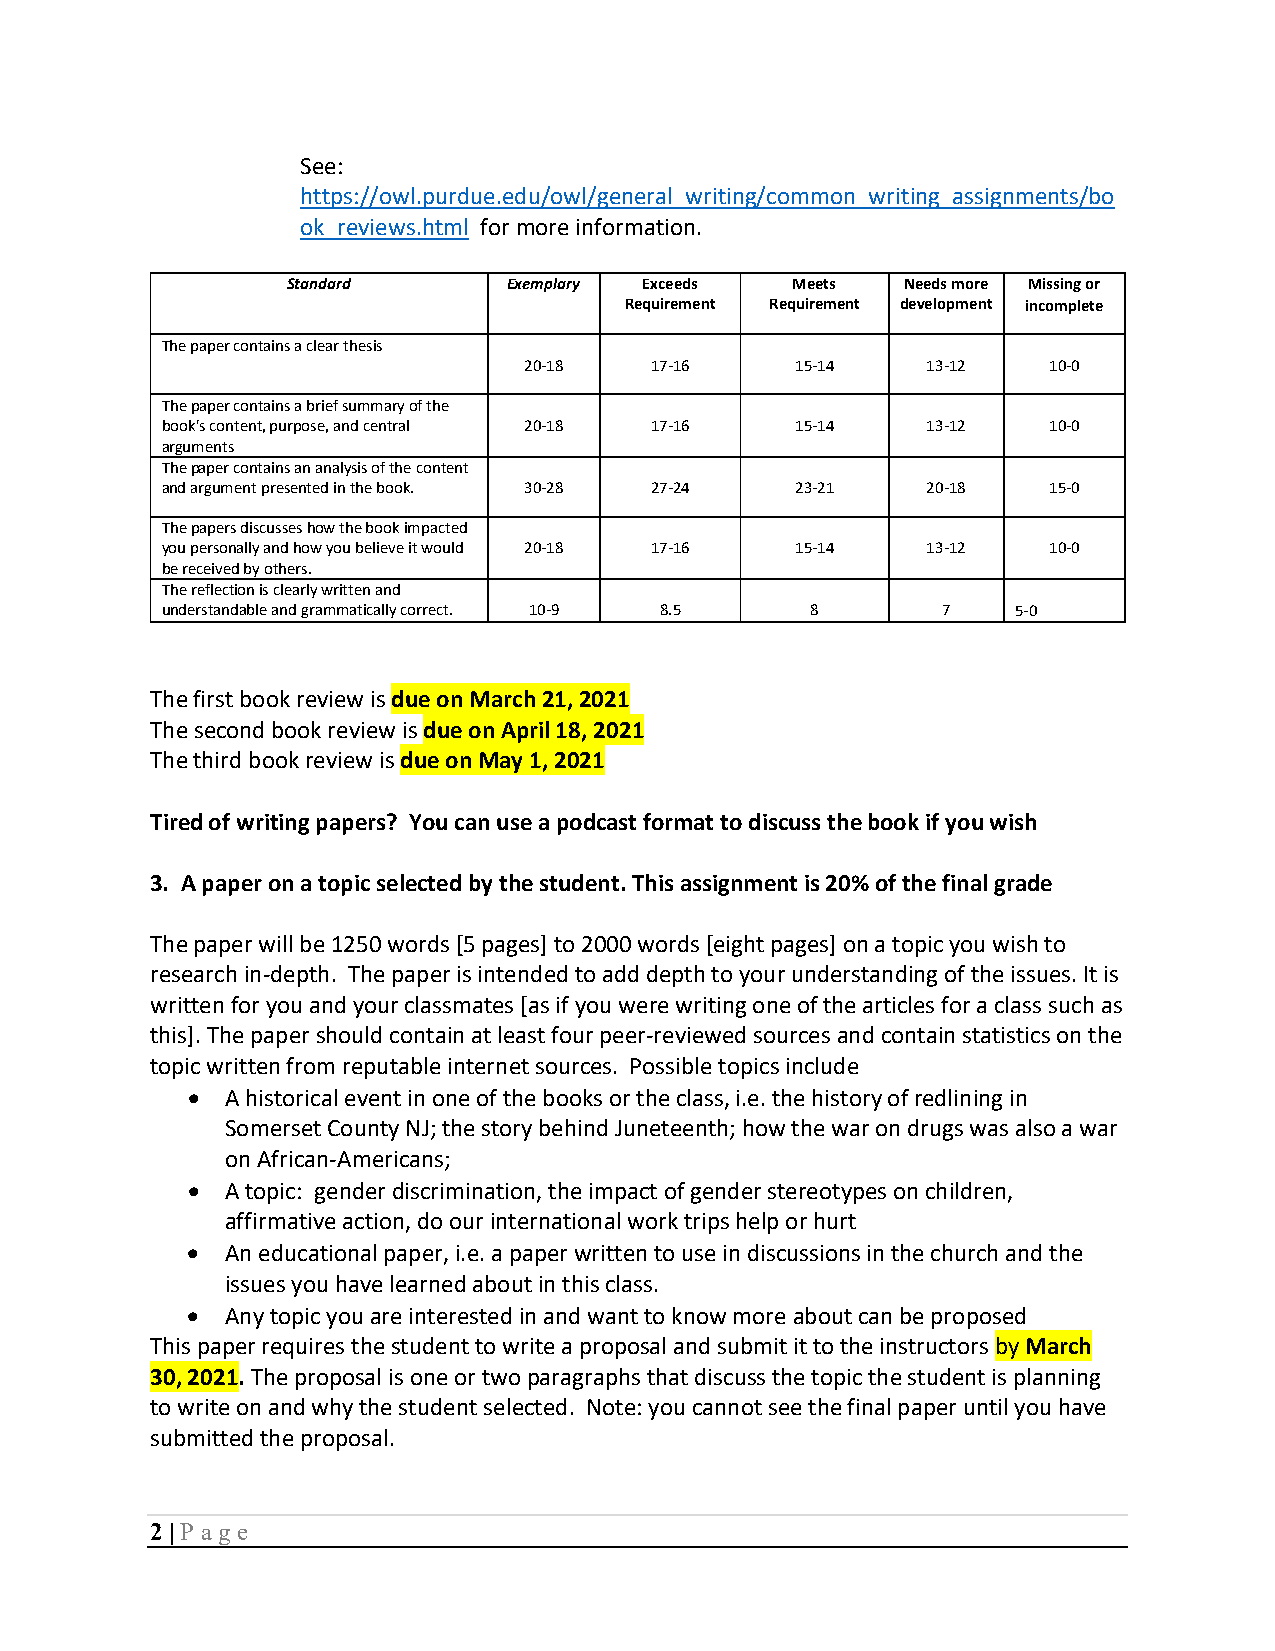
See:
 https://owl.purdue.edu/owl/general_writing/common_writing_assignments/bo
 ok_reviews.html for more information.
 Standard       Exemplary Exceeds Meets   Needs more Missing or
 Requirement Requirement development incomplete
 The paper contains a clear thesis
 20-18   17-16     15-14   13-12   10-0
 The paper contains a brief summary of the
 book's content, purpose, and central 20-18 17-16 15-14 13-12 10-0
 arguments
 The paper contains an analysis of the content
 and argument presented in the book. 30-28 27-24 23-21 20-18 15-0
 The papers discusses how the book impacted
 you personally and how you believe it would 20-18 17-16 15-14 13-12 10-0
 be received by others.
 The reflection is clearly written and
 understandable and grammatically correct. 10-9 8.5 8 7  5-0
 The first book review is due on March 21, 2021
 The second book review is due on April 18, 2021
 The third book review is due on May 1, 2021
 Tired of writing papers? You can use a podcast format to discuss the book if you wish
 3. A paper on a topic selected by the student. This assignment is 20% of the final grade
 The paper will be 1250 words [5 pages] to 2000 words [eight pages] on a topic you wish to
 research in-depth. The paper is intended to add depth to your understanding of the issues. It is
 written for you and your classmates [as if you were writing one of the articles for a class such as
 this]. The paper should contain at least four peer-reviewed sources and contain statistics on the
 topic written from reputable internet sources. Possible topics include
 •  A historical event in one of the books or the class, i.e. the history of redlining in
 Somerset County NJ; the story behind Juneteenth; how the war on drugs was also a war
 on African-Americans;
 •  A topic: gender discrimination, the impact of gender stereotypes on children,
 affirmative action, do our international work trips help or hurt
 •  An educational paper, i.e. a paper written to use in discussions in the church and the
 issues you have learned about in this class.
 •  Any topic you are interested in and want to know more about can be proposed
 This paper requires the student to write a proposal and submit it to the instructors by March
 30, 2021. The proposal is one or two paragraphs that discuss the topic the student is planning
 to write on and why the student selected. Note: you cannot see the final paper until you have
 submitted the proposal.
 2 | P age